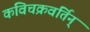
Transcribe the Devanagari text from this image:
कविचक्रवर्तिन्